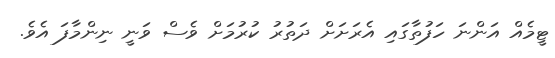
ޓީމެއް އަންނަ ހަފުތާގައި އެރަށަށް ދަތުރު ކުރުމަށް ވެސް ވަނީ ނިންމާފަ އެވެ.